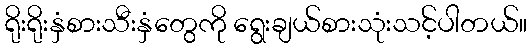
ရိုးရိုးနှံစားသီးနှံတွေကို ရွေးချယ်စားသုံးသင့်ပါတယ်။